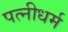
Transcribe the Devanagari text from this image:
पत्‍नीधर्म